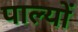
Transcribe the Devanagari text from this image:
पाल्यों